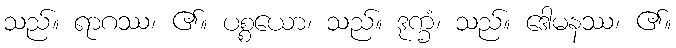
သည်။ ရာဂဿ၊ ၏။ ပစ္စယော၊ သည်။ ဒုက္ခံ၊ သည်။ ဒေါမနဿ၊ ၏။